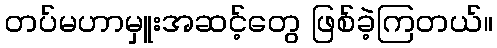
တပ်မဟာမှူးအဆင့်တွေ ဖြစ်ခဲ့ကြတယ်။